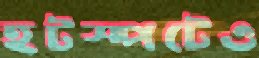
হটস্পটেও